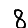
Digit: 8